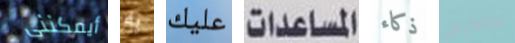
أيمكننى به عليك المساعدات ذكاء يتعارض